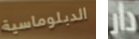
الدبلوماسية دار